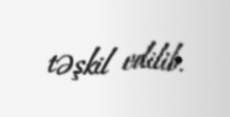
təşkil edilib.